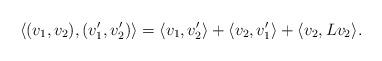
LaTeX: \begin{align*} \langle (v_1, v_2), (v_1', v_2') \rangle = \langle v_1, v_2' \rangle +\langle v_2, v_1' \rangle + \langle v_2, L v_2 \rangle.\end{align*}